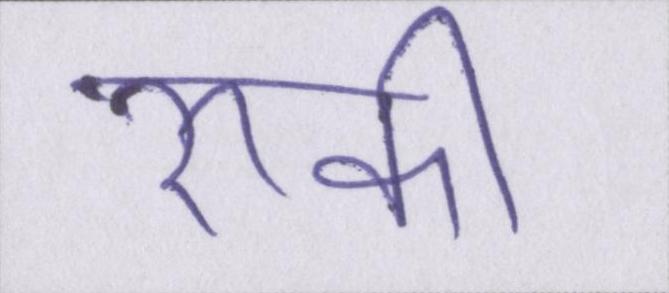
रूकी